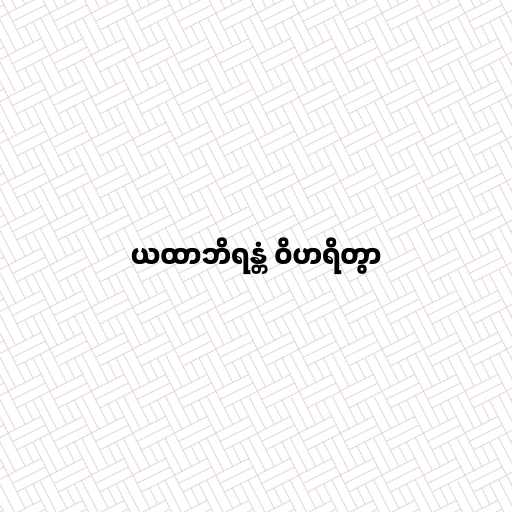
ယထာဘိရန္တံ ဝိဟရိတွာ